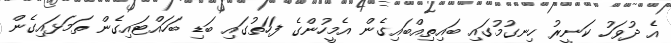
އެ ދުވަހު ކަނީރު ހިނގުމުގައި ބައިތިއްބައިގެން އެމީހުންގެ ފަހަތުގައި ބަޑި ބަހައްޓައިގެން ތަމަޅައިގެން